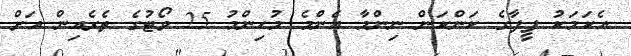
އެކަމަކު ފީފާގެ ކަންކަން ނިންމާ އެންމެ މުހިންމު 25 ވޯޓުގެ ތެރެއިން އަށް